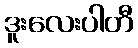
ဒူးလေးပါတီ